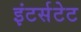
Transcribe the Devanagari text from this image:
इंटर्सटेट